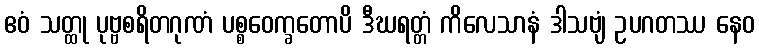
ဧဝံ သတ္ထု ပုဗ္ဗစရိတဂုဏံ ပစ္စဝေက္ခတောပိ ဒီဃရတ္တံ ကိလေသာနံ ဒါသဗျံ ဥပဂတဿ နေဝ